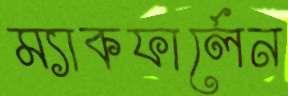
ম্যাকফার্লেন